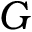
G